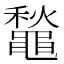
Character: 䵸